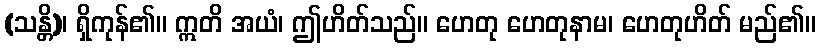
(သန္တိ)၊ ရှိကုန်၏။ ဣတိ အယံ၊ ဤဟိတ်သည်။ ဟေတု ဟေတုနာမ၊ ဟေတုဟိတ် မည်၏။